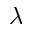
\lambda